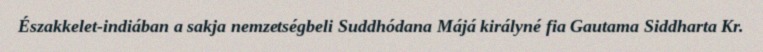
Északkelet-indiában a sakja nemzetségbeli Suddhódana Májá királyné fia Gautama Siddharta Kr.